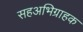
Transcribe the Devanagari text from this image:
सहअभिग्राहक